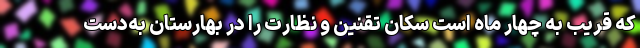
که قریب به چهار ماه است سکان تقنین و نظارت را در بهارستان به‌دست